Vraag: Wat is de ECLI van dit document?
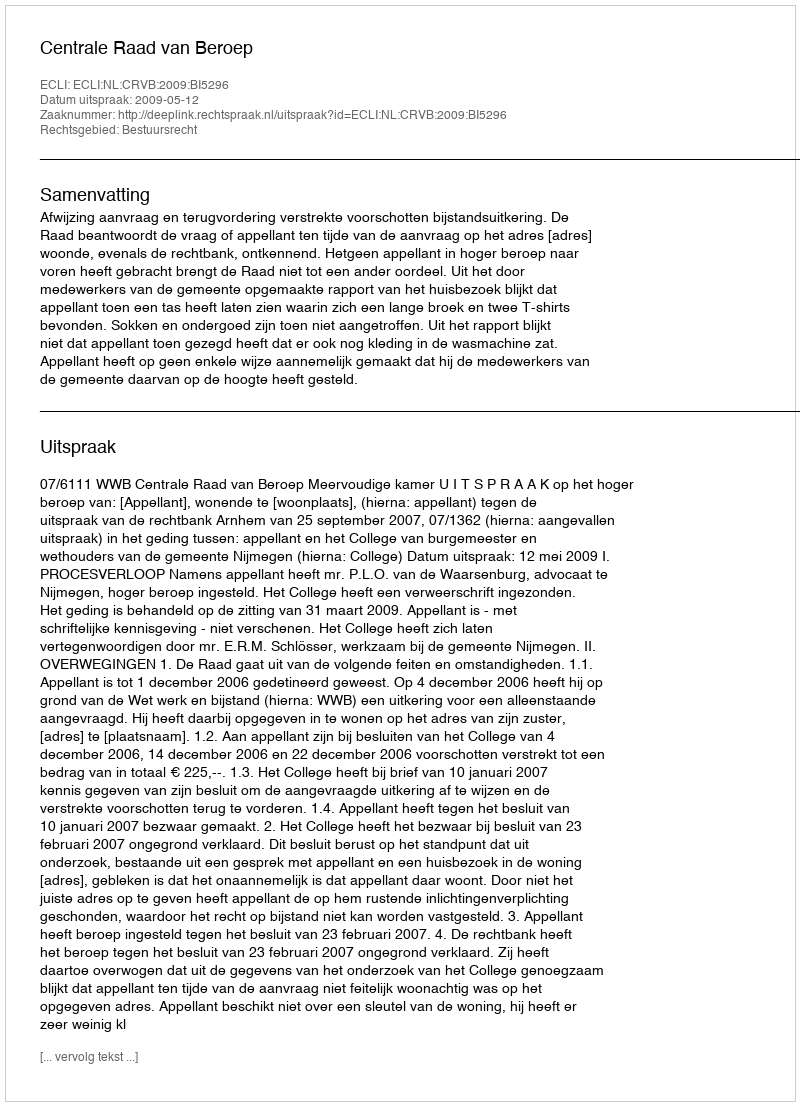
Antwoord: ECLI:NL:CRVB:2009:BI5296